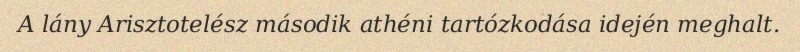
A lány Arisztotelész második athéni tartózkodása idején meghalt.